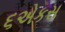
૬એકસ